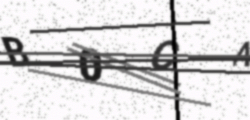
Text: B0CA